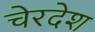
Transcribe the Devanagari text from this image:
चेरदेश